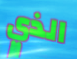
الذي